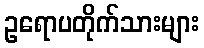
ဥရောပတိုက်သားများ